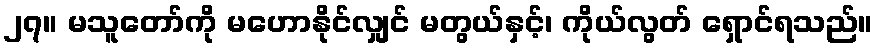
၂၇။ မသူတော်ကို မဟောနိုင်လျှင် မတွယ်နှင့်၊ ကိုယ်လွတ် ရှောင်ရသည်။